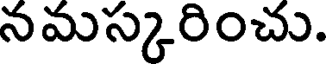
నమస్కరించు.